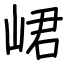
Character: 峮